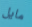
مايل